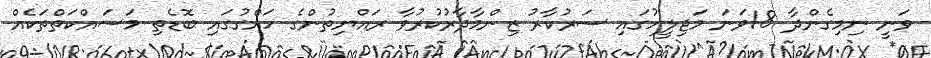
ވަނީ ނިމިގެންދާ 18ވަނަ މަޖިލީހުގައި ސަރުކާރު ޒިންމާދާރުކުރުވާ ރައްޔިތުންގެ ހައްގުގައި ބޮޑެތި މަސައްކަތްތަކެއް